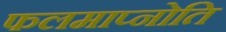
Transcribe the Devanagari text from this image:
फलमाप्नोति